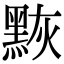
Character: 𪑀